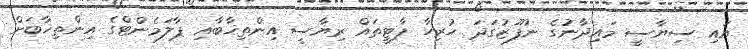
އައި ސިޔާސީ މައިދާނުގެ ނުފޫޒުގަދަ ހުރިހާ ޕާޓީތައް ރިޔާސީ އިންތިޚާބާއި ޕާލަމެންޓްގެ އިންތިޚާބަށް